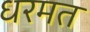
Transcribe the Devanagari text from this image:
धरमत